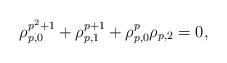
LaTeX: \begin{align*}\rho_{p,0}^{p^2+1}+\rho_{p,1}^{p+1}+\rho_{p,0}^p\rho_{p,2}=0,\end{align*}